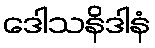
ဒေါသနိဒါနံ